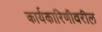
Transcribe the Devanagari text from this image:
कार्यकारिणीवरील